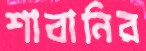
শাবানির